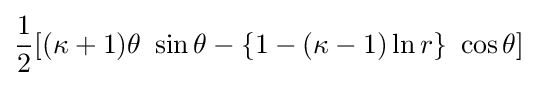
{\frac {1}{2}}[(\kappa +1)\theta ~\sin \theta -\{1-(\kappa -1)\ln r\}~\cos \theta ]